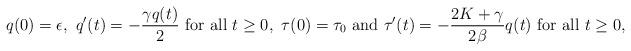
LaTeX: \begin{align*}q(0)=\epsilon,\ q'(t)=-\frac{\gamma q(t)}{2}\hbox{ for all }t\ge0,\ \tau(0)=\tau_0\hbox{ and }\tau'(t)=-\frac{2K+\gamma}{2\beta}q(t)\hbox{ for all }t\ge0,\end{align*}